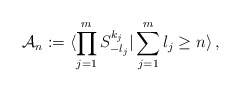
\begin{align*}{\cal A}_{n} : = \langle \prod_{j=1}^{m} S^{k_j}_{-l_j} |\sum_{j=1}^{m} l_j \geq n \rangle\,,\end{align*}